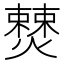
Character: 𭶚